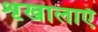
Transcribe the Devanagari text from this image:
शृंखालाएँ